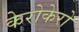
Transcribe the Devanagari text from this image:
केरोकेरो